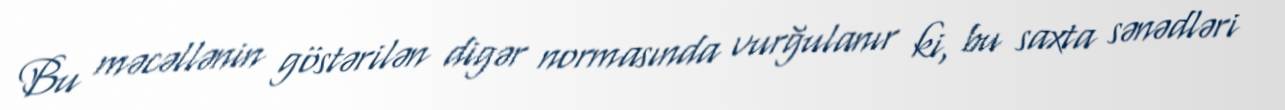
Bu məcəllənin göstərilən digər normasında vurğulanır ki, bu saxta sənədləri